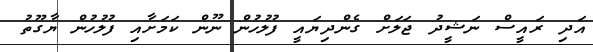
އަދި ރައީސް ނަޝީދު ޖަލަށް ގެންދިޔައީ ފުލުހުން ނޫން ކަމަށާއި ފުލުހުން ޔާގޫތު